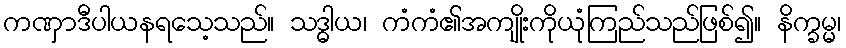
ကဏှာဒီပါယနရသေ့သည်။ သဒ္ဓါယ၊ ကံကံ၏အကျိုးကိုယုံကြည်သည်ဖြစ်၍။ နိက္ခမ္မ၊